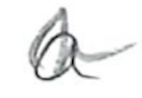
Text: a
Cross-out: zig-zag
Writing tool: pencil